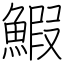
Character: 鰕